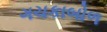
ગચકાબોળ